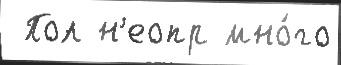
 Пол н'еопр мно́го